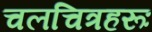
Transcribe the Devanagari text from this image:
चलचित्रहरूः